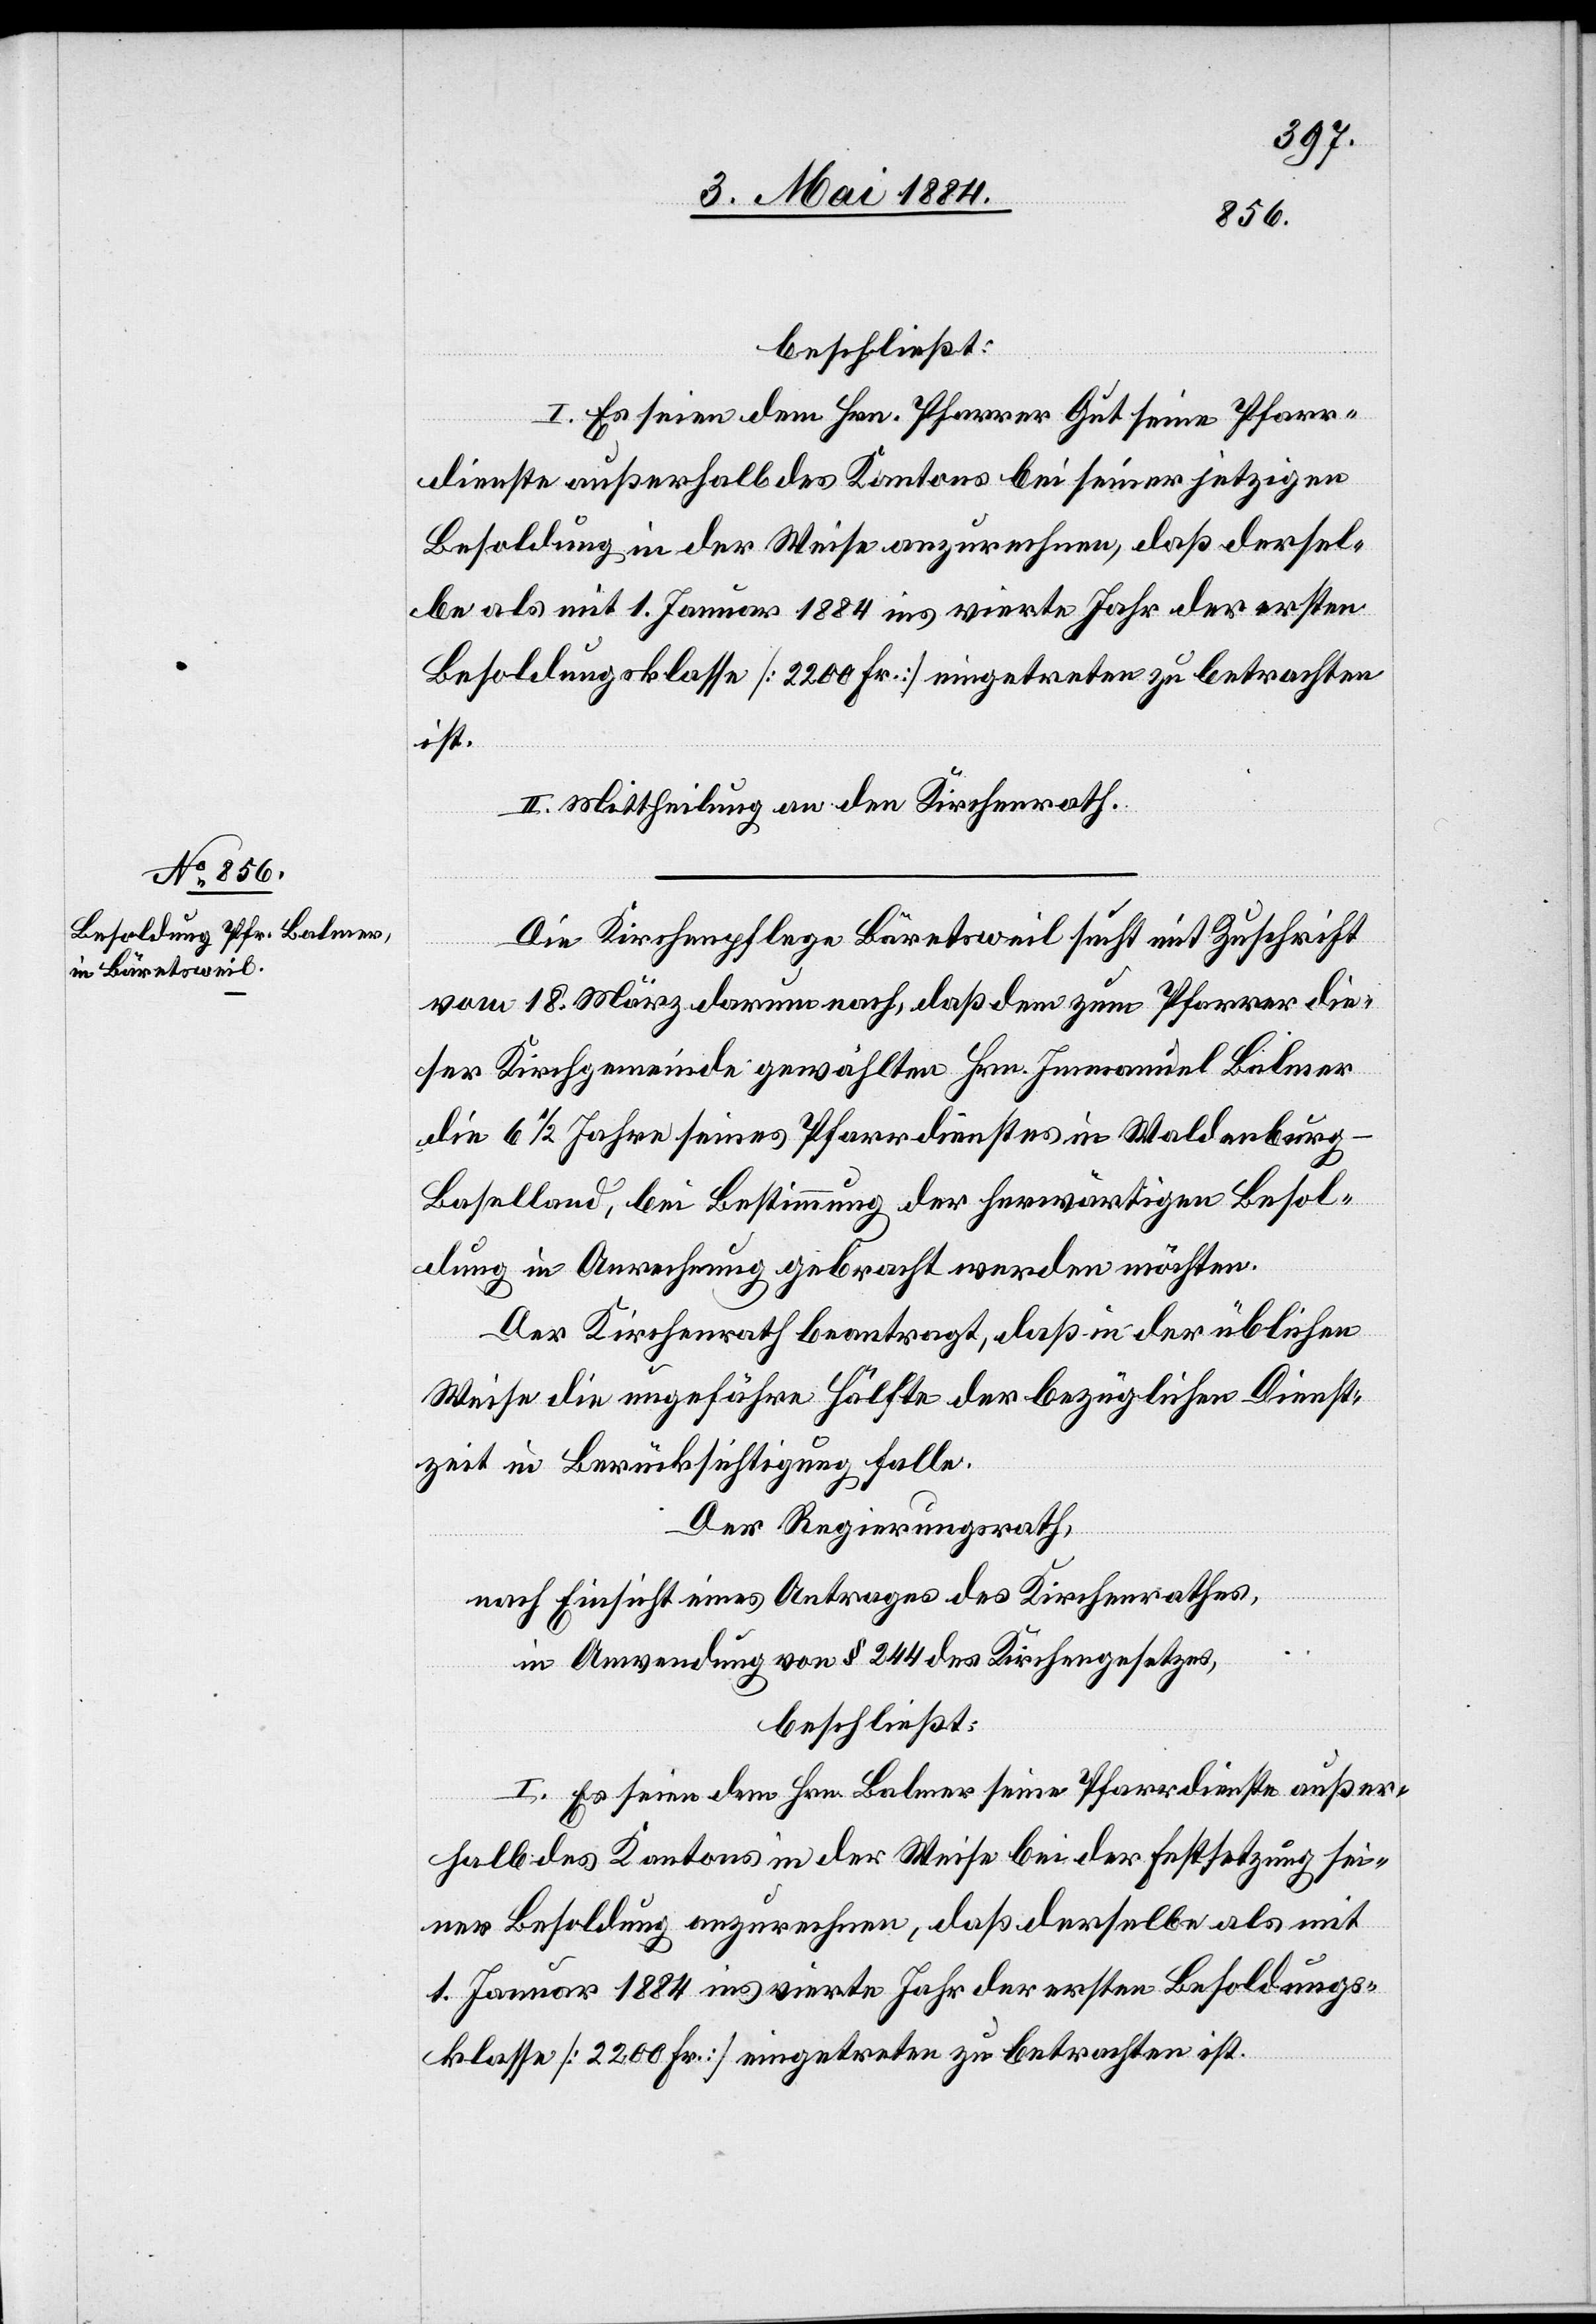
beschließt:
I. Es seien dem Hrn. Pfarrer gut seine Pfarr¬
dienste außerhalb des Kantons bei seiner jetzigen
Besoldung in der Weise anzurechnen, daß dersel¬
be als mit 1. Januar 1884 ins vierte Jahr der ersten
Besoldungsklasse [2200 Fr.] eingetreten zu betrachten
ist.
II. Mittheilung an den Kirchenrath.
Die Kirchenpflege Bäretsweil sucht mit Zuschrift
vom 18. März darum nach, daß dem zum Pfarrer die¬
ser Kirchgemeinde gewählten Hrn. Immanuel Balmer
die 6 1/2 Jahre seines Pfarrdienstes in Waldenburg
Baselland, bei Bestimmung der herwärtigen Besol¬
dung in Anrechnung gebracht werden möchten.
Der Kirchenrath beantragt, daß in der üblichen
Weise die ungefähre Hälfte der bezüglichen Dienst¬
zeit in Berücksichtigung falle.
Der Regierungsrath,
nach Einsicht eines Antrages des Kirchenrathes,
in Anwendung von § 244 des Kirchengesetzes,
beschließt:
I. Es seien dem Hrn. Balmer seine Pfarrdienste außer¬
halb des Kantons in der Weise bei der Festsetzungsei¬
ner Besoldung anzurechnen, daß derselbe als mit
1. Januar 1884 ins vierte Jahr der ersten Besoldungs¬
klasse [2200 Fr.] eingetreten zu betrachten ist.